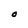
Character: O